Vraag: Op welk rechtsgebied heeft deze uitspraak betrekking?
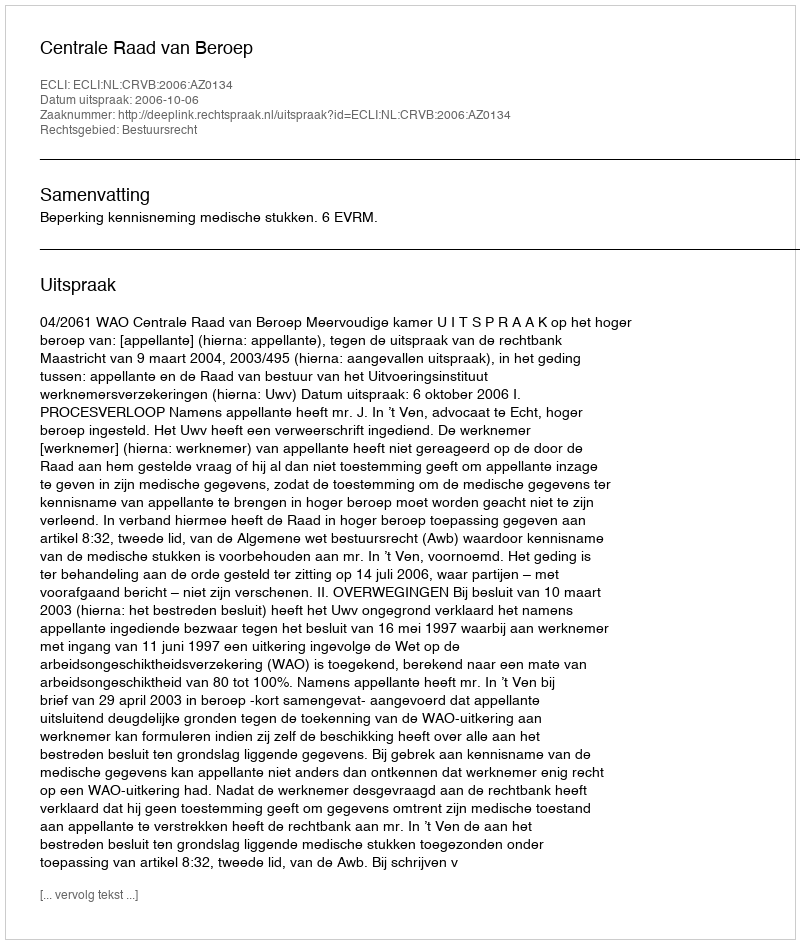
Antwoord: Bestuursrecht